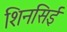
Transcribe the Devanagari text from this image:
शिनसिई